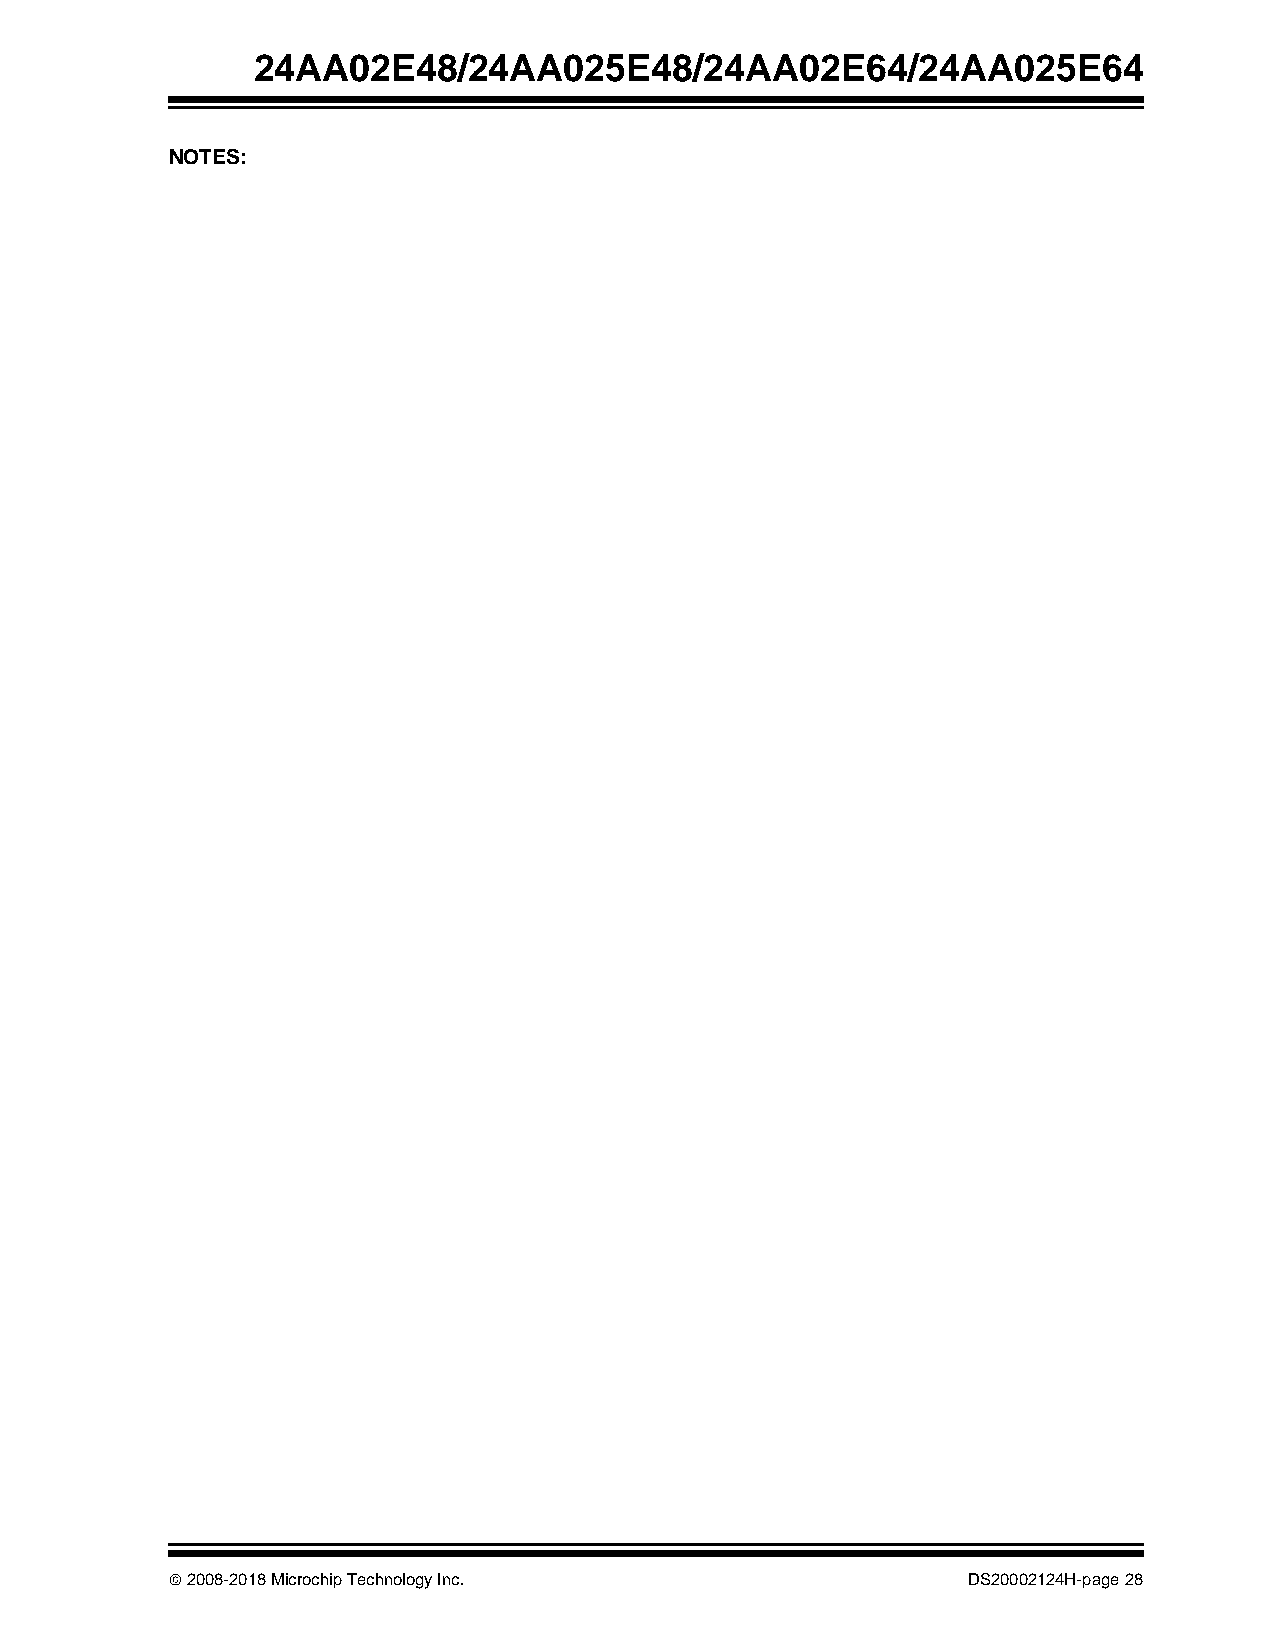
24AA02E48/24AA025E48/24AA02E64/24AA025E64
 NOTES:
  2008-2018 Microchip Technology Inc.                DS20002124H-page 28